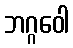
ဘဂ္ဂဝေါ